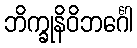
ဘိက္ခုနိဝိဘင်္ဂေါ